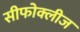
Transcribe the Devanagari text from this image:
सीफोक्लीज